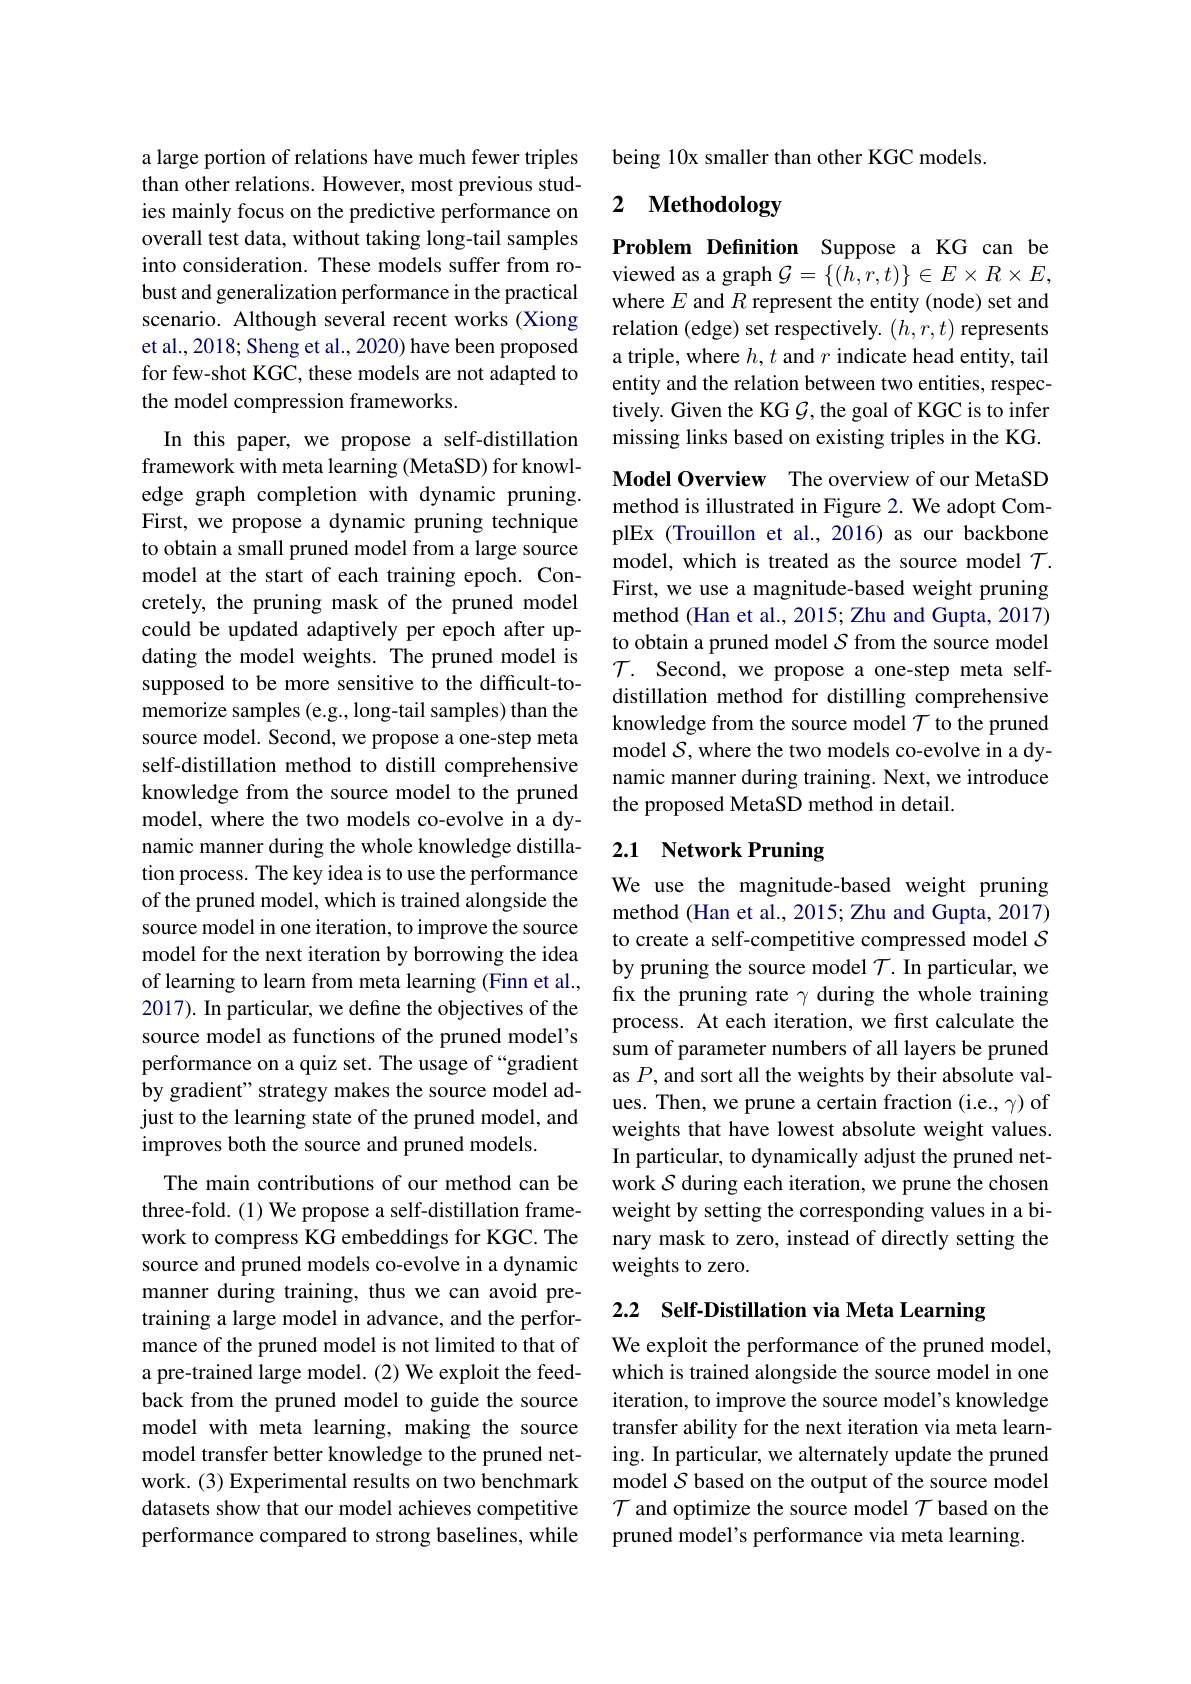
a large portion of relations have much fewer triples than other relations. However, most previous studies mainly focus on the predictive performance on overall test data, without taking long-tail samples into consideration. These models suffer from robust and generalization performance in the practical scenario. Although several recent works (Xiong et al., 2018; Sheng et al., 2020) have been proposed for few-shot KGC, these models are not adapted to the model compression frameworks.

In this paper, we propose a self-distillation framework with meta learning (MetaSD) for knowledge graph completion with dynamic pruning. First, we propose a dynamic pruning technique to obtain a small pruned model from a large source model at the start of each training epoch. Concretely, the pruning mask of the pruned model could be updated adaptively per epoch after updating the model weights. The pruned model is supposed to be more sensitive to the difficult-tomemorize samples (e.g., long-tail samples) than the source model. Second, we propose a one-step meta self-distillation method to distill comprehensive knowledge from the source model to the pruned model, where the two models co-evolve in a dynamic manner during the whole knowledge distillation process. The key idea is to use the performance of the pruned model, which is trained alongside the source model in one iteration, to improve the source model for the next iteration by borrowing the idea of learning to learn from meta learning (Finn et al., 2017). In particular, we define the objectives of the source model as functions of the pruned model's performance on a quiz set. The usage of “gradient by gradient" strategy makes the source model adjust to the learning state of the pruned model, and improves both the source and pruned models.
The main contributions of our method can be three-fold. (1) We propose a self-distillation framework to compress KG embeddings for KGC. The source and pruned models co-evolve in a dynamic manner during training, thus we can avoid pretraining a large model in advance, and the performance of the pruned model is not limited to that of a pre-trained large model. (2) We exploit the feedback from the pruned model to guide the source

model with meta learning, making the source model transfer better knowledge to the pruned network. (3) Experimental results on two benchmark datasets show that our model achieves competitive performance compared to strong baselines, while

being 10x smaller than other KGC models.

## 2 $\textbf{Methodology}$

Problem Definition Suppose a KG can be viewed as a graph $\mathcal{G}=\{(h,r,t)\}\in E\times R\times E$, where $E$ and $R$ represent the entity (node) set and relation (edge) set respectively. $(h,r,t)$ represents a triple, where $h,t$ and $r$ indicate head entity, tail entity and the relation between two entities, respectively. Given the KG $G$,the goal of KGC is to infer missing links based on existing triples in the KG.

Model Overview The overview of our MetaSD method is illustrated in Figure 2. We adopt ComplEx (Trouillon et al., 2016) as our backbone model, which is treated as the source model $\mathcal{T}.$ First, we use a magnitude-based weight pruning method (Han et al., 2015; Zhu and Gupta, 2017) to obtain a pruned model $\mathcal{S}$ from the source model $\mathcal{T}.$ Second, we propose a one-step meta selfdistillation method for distilling comprehensive knowledge from the source model $\mathcal{T}$ to the pruned model $\mathcal{S}$, where the two models co-evolve in a dynamic manner during training. Next, we introduce the proposed MetaSD method in detail.

## 2.1 Network Pruning

We use the magnitude-based weight pruning method (Han et al., 2015; Zhu and Gupta, 2017) to create a self-competitive compressed model $\mathcal{S}$ by pruning the source model $\mathcal{T}.$ In particular, we fix the pruning rate $\gamma$ during the whole training process. At each iteration, we first calculate the sum of parameter numbers of all layers be pruned as $P$, and sort all the weights by their absolute values. Then, we prune a certain fraction (i.e., $\gamma)$ of weights that have lowest absolute weight values. In particular, to dynamically adjust the pruned network $\mathcal{S}$ during each iteration, we prune the chosen weight by setting the corresponding values in a binary mask to zero, instead of directly setting the weights to zero.

2.2 Self-Distillation via Meta Learning

We exploit the performance of the pruned model, which is trained alongside the source model in one iteration, to improve the source model's knowledge transfer ability for the next iteration via meta learning. In particular, we alternately update the pruned model $\mathcal{S}$ based on the output of the source model $\mathcal{T}$ and optimize the source model $\mathcal{T}$ based on the pruned model's performance via meta learning.